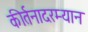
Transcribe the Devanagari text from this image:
कीर्तनादरम्यान